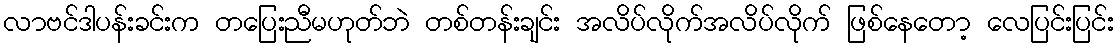
လာဗင်ဒါပန်းခင်းက တပြေးညီမဟုတ်ဘဲ တစ်တန်းချင်း အလိပ်လိုက်အလိပ်လိုက် ဖြစ်နေတော့ လေပြင်းပြင်း